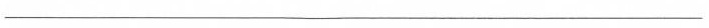
___